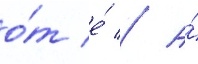
о́т е́ // А́